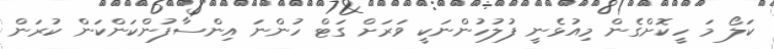
ކަލޯ މަ ހީކޮށްގެން މިއުޅެނީ ފުލުހުންނަކީ ވަރަށް ގަޓް ހުންނަ އިންސާފުންކަންކަން ކުރަން